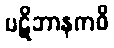
ပဋိဘာနကဝိ